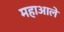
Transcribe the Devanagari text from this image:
महाआले